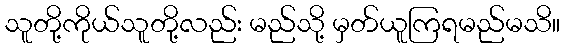
သူတို့ကိုယ်သူတို့လည်း မည်သို့ မှတ်ယူကြရမည်မသိ။